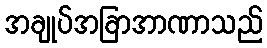
အချုပ်အခြာအာဏာသည်